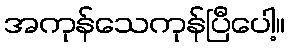
အကုန်သေကုန်ပြီပေါ့။